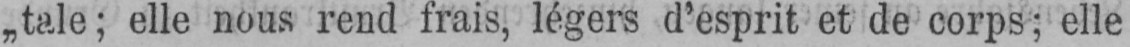
„tale; elle nous rend frais, légers d’esprit et de corps; elle